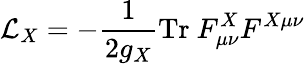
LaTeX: {\cal L}_{X}=-{\frac 1{2g_{X}}}\mathrm{Tr\ }F_{\mu\nu}^{X}F^{X\mu\nu}